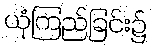
ယုံကြည်ခြင်း၌